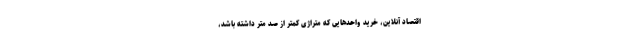
اقتصاد آنلاین، خرید واحدهایی که متراژی کمتر از صد متر داشته باشد،